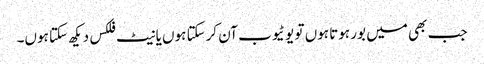
جب بھی میں بور ہوتا ہوں تو یو ٹیوب آن کرسکتا ہوں یا نیٹ فلکس دیکھ سکتا ہوں۔